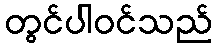
တွင်ပါဝင်သည်